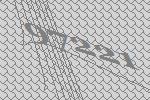
97221